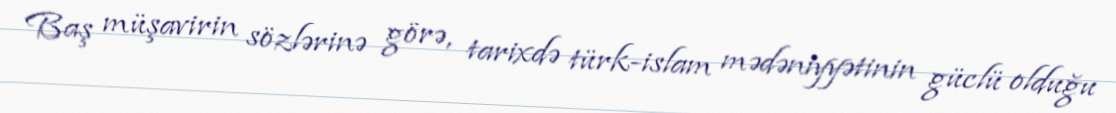
Baş müşavirin sözlərinə görə, tarixdə türk-islam mədəniyyətinin güclü olduğu